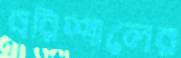
বরিশালের